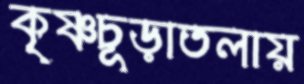
কৃষ্ণচূড়াতলায়